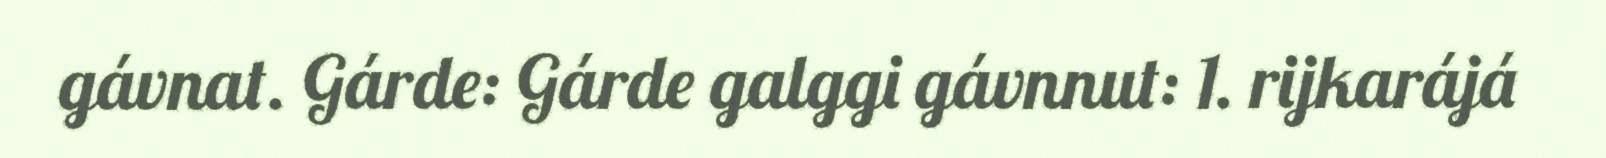
gávnat. Gárde: Gárde galggi gávnnut: 1. rijkarájá